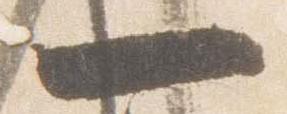
一